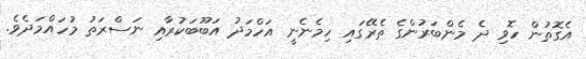
އެގޮތުން ހޮވި ދެ މެންބަރުންގެ ތެރޭގައި ހިމެނެނީ އަހްމަދު އަބޫބަކުރާއި ނަސްރަތު މުހައްމަދެވެ.